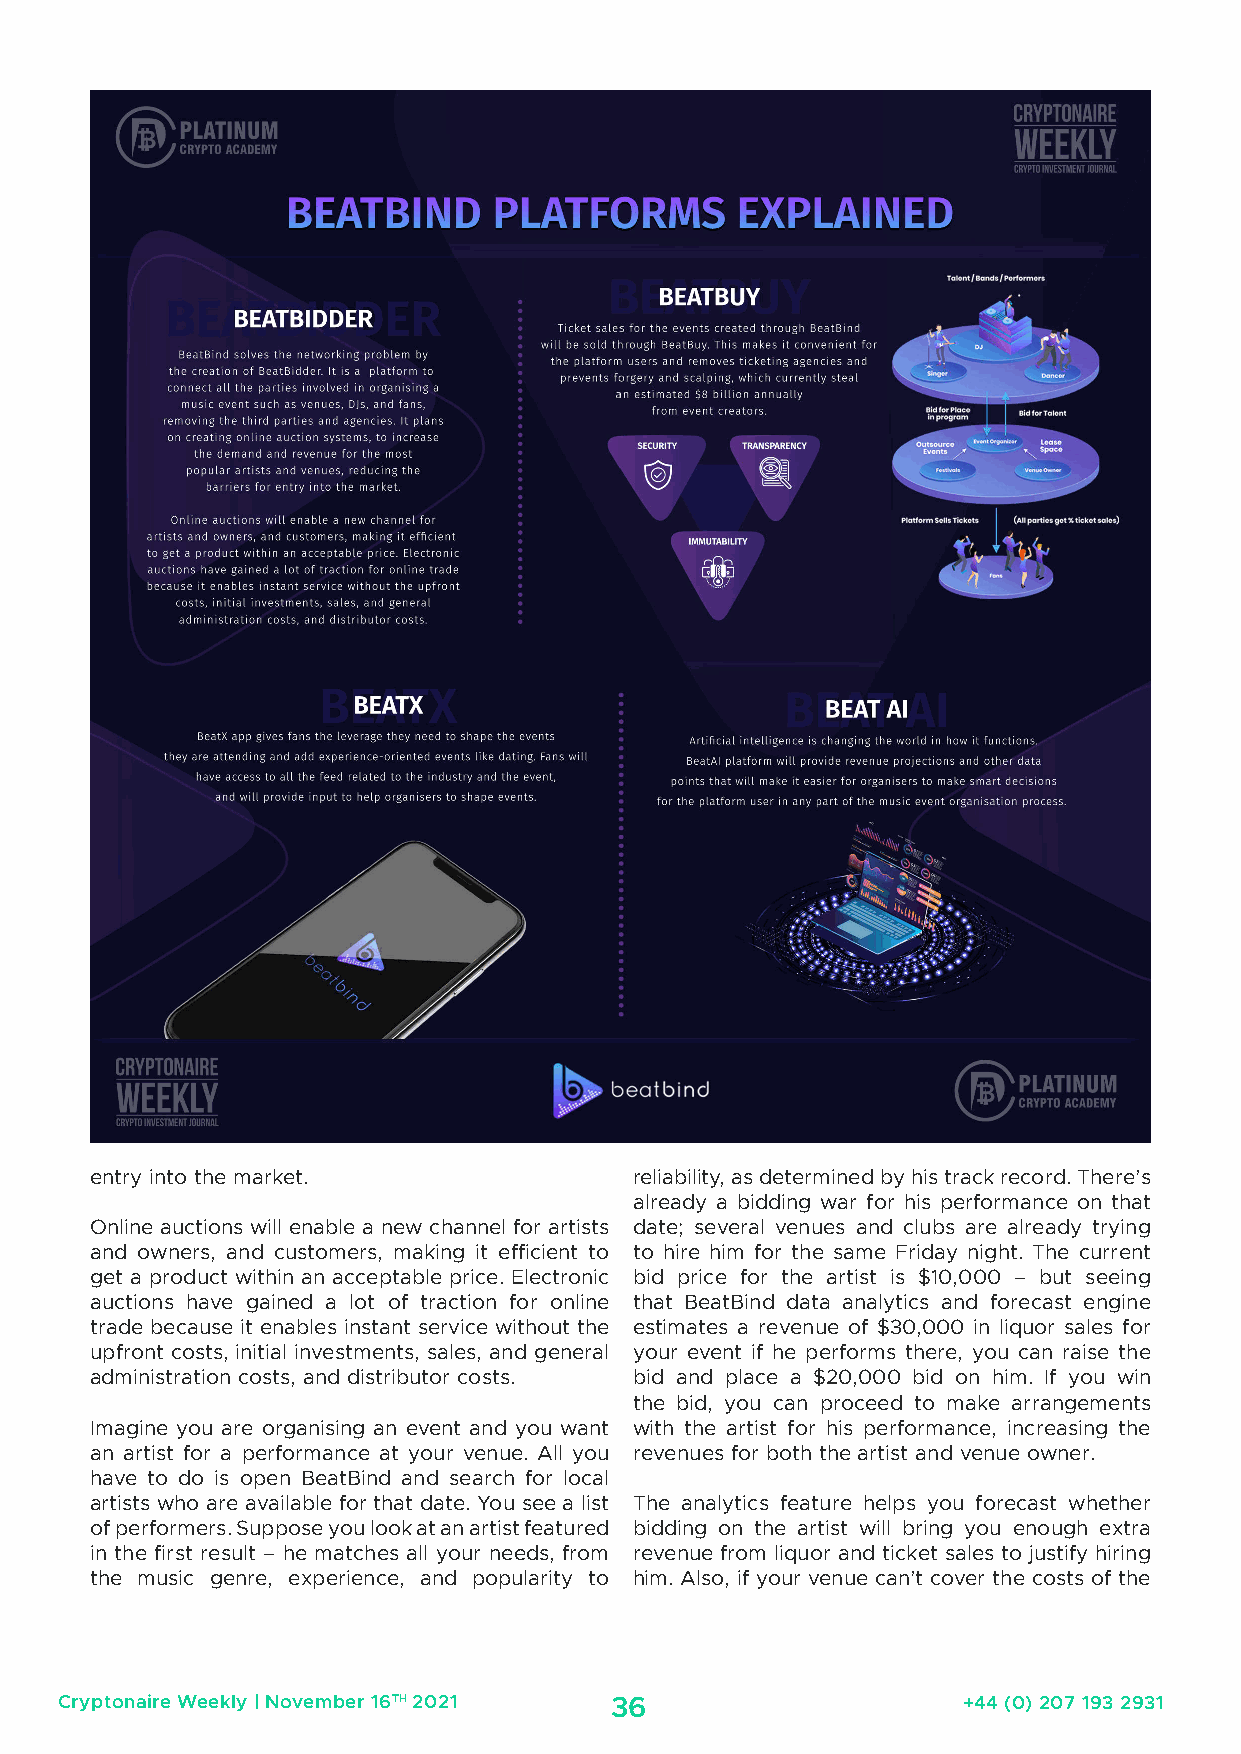
entry into the market.              reliability, as determined by his track record. There’s
 already a bidding war for his performance on that
 Online auctions will enable a new channel for artists date; several venues and clubs are already trying
 and owners, and customers, making it efficient to to hire him for the same Friday night. The current
 get a product within an acceptable price. Electronic bid price for the artist is $10,000 – but seeing
 auctions have gained a lot of traction for online that BeatBind data analytics and forecast engine
 trade because it enables instant service without the estimates a revenue of $30,000 in liquor sales for
 upfront costs, initial investments, sales, and general your event if he performs there, you can raise the
 administration costs, and distributor costs. bid and place a $20,000 bid on him. If you win
 the bid, you can proceed to make arrangements
 Imagine you are organising an event and you want with the artist for his performance, increasing the
 an artist for a performance at your venue. All you revenues for both the artist and venue owner.
 have to do is open BeatBind and search for local
 artists who are available for that date. You see a list The analytics feature helps you forecast whether
 of performers. Suppose you look at an artist featured bidding on the artist will bring you enough extra
 in the first result – he matches all your needs, from revenue from liquor and ticket sales to justify hiring
 the music genre, experience, and popularity to him. Also, if your venue can’t cover the costs of the
 Cryptonaire Weekly | November 16TH 2021 36                  +44 (0) 207 193 2931